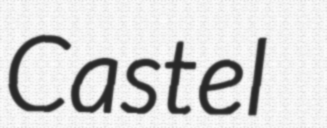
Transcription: Castel